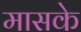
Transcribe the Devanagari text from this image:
मासके